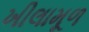
ખીલામૂળ